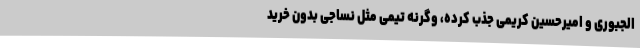
الجبوری و امیرحسین کریمی جذب کرده، وگرنه تیمی مثل نساجی بدون خرید